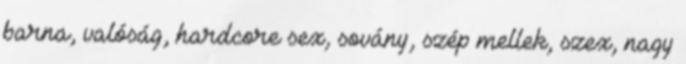
barna, valóság, hardcore sex, sovány, szép mellek, szex, nagy